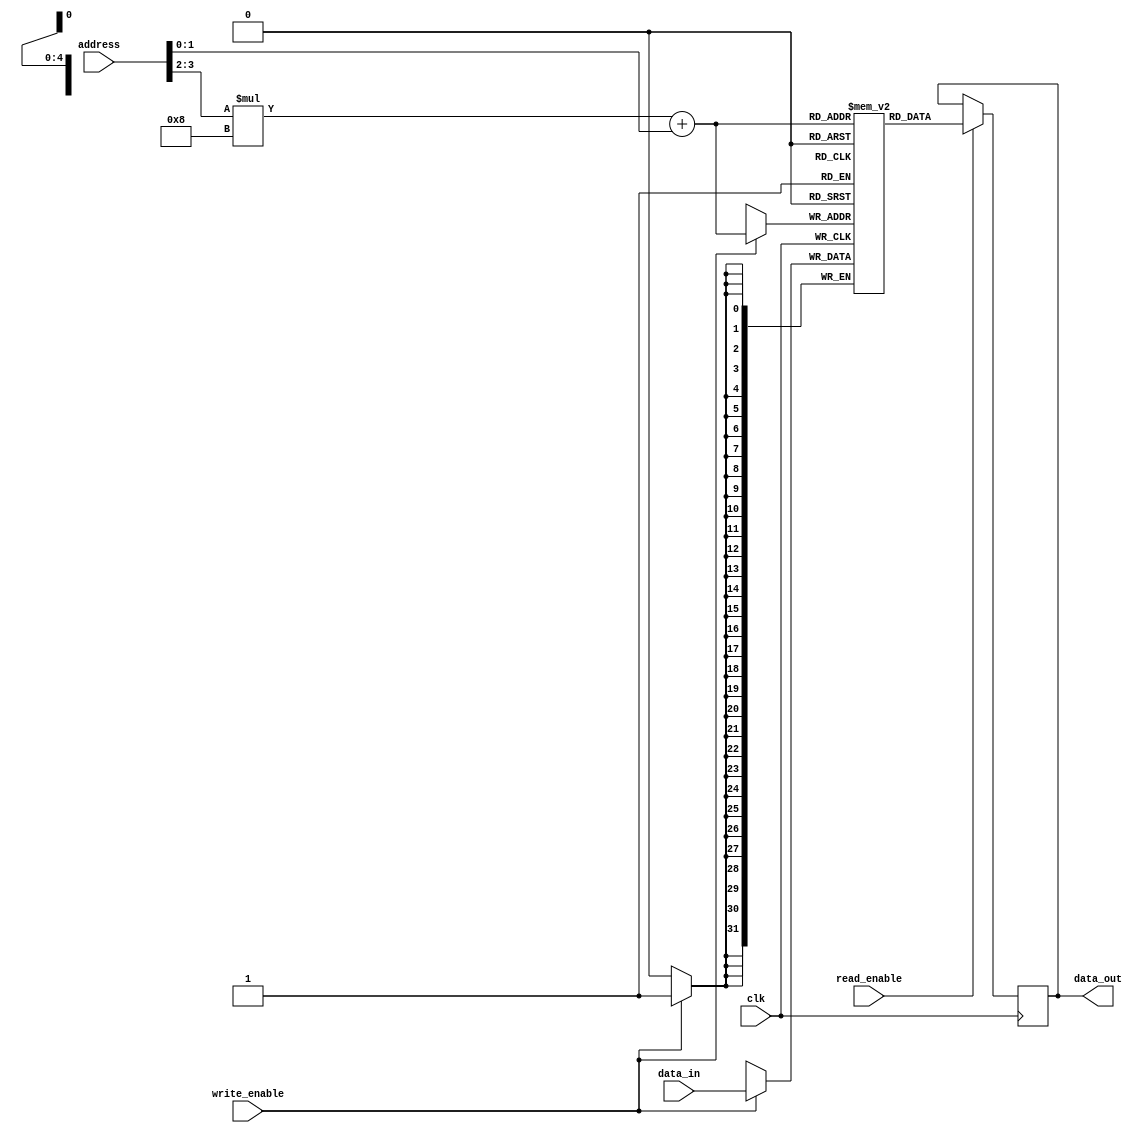
module ShadowRegisterFile (
    input wire clk,
    input wire [7:0] address,
    input wire [31:0] data_in,
    input wire write_enable,
    input wire read_enable,
    output wire [31:0] data_out
);

parameter NUM_ROWS = 4;
parameter NUM_COLS = 8;

reg [31:0] memory [NUM_ROWS-1:0][NUM_COLS-1:0];

always @(posedge clk) begin
    if (write_enable) begin
        memory[address[NUM_ROWS-1:NUM_ROWS-2]][address[NUM_ROWS-3:0]] <= data_in;
    end

    if (read_enable) begin
        data_out <= memory[address[NUM_ROWS-1:NUM_ROWS-2]][address[NUM_ROWS-3:0]];
    end
end

endmodule